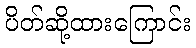
ပိတ်ဆို့ထားကြောင်း